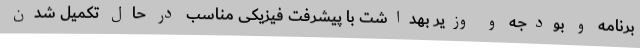
برنامه و بودجه و وزیر بهداشت با پیشرفت فیزیکی مناسب در حال تکمیل شدن